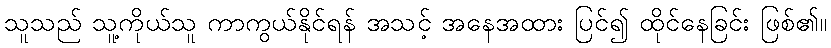
သူသည် သူ့ကိုယ်သူ ကာကွယ်နိုင်ရန် အသင့် အနေအထား ပြင်၍ ထိုင်နေခြင်း ဖြစ်၏။